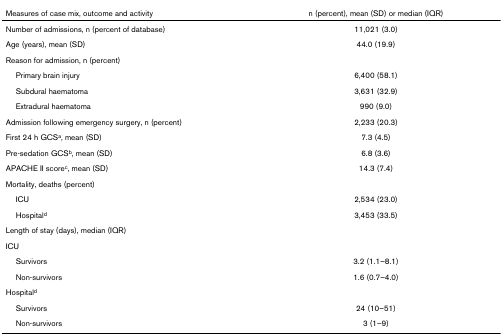
<table><thead><tr><td><b>Measures of case mix, outcome and activity</b></td><td><b>n (percent), mean (SD) or median (IQR)</b></td></tr></thead><tbody><tr><td>Number of admissions, n (percent of database)</td><td>11,021 (3.0)</td></tr><tr><td>Age (years), mean (SD)</td><td>44.0 (19.9)</td></tr><tr><td>Reason for admission, n (percent)</td><td></td></tr><tr><td> Primary brain injury</td><td>6,400 (58.1)</td></tr><tr><td> Subdural haematoma</td><td>3,631 (32.9)</td></tr><tr><td> Extradural haematoma</td><td>990 (9.0)</td></tr><tr><td>Admission following emergency surgery, n (percent)</td><td>2,233 (20.3)</td></tr><tr><td>First 24 h GCS<sup>a</sup>, mean (SD)</td><td>7.3 (4.5)</td></tr><tr><td>Pre-sedation GCS<sup>b</sup>, mean (SD)</td><td>6.8 (3.6)</td></tr><tr><td>APACHE II score<sup>c</sup>, mean (SD)</td><td>14.3 (7.4)</td></tr><tr><td>Mortality, deaths (percent)</td><td></td></tr><tr><td> ICU</td><td>2,534 (23.0)</td></tr><tr><td> Hospital<sup>d</sup></td><td>3,453 (33.5)</td></tr><tr><td>Length of stay (days), median (IQR)</td><td></td></tr><tr><td>ICU</td><td></td></tr><tr><td> Survivors</td><td>3.2 (1.1–8.1)</td></tr><tr><td> Non-survivors</td><td>1.6 (0.7–4.0)</td></tr><tr><td>Hospital<sup>d</sup></td><td></td></tr><tr><td> Survivors</td><td>24 (10–51)</td></tr><tr><td> Non-survivors</td><td>3 (1–9)</td></tr></tbody></table>